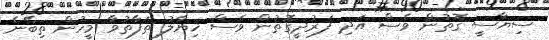
ސިޔާސީ ގޮތުން ވެސް އަދި ފަރުދީގޮތުން ވެސް ޚިޔާލު ތަފާތުވާ މީހުން ތިބޭނެ